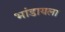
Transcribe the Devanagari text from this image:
भांडायला